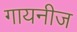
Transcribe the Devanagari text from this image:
गायनीज